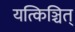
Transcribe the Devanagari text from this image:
यत्किञ्चित्